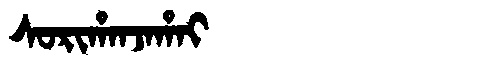
Manchu: ᠰᠣᡵᡳᡥᠠᠨᠵᠠᡥᠠᡳ
Romanization: SORIHANJAHAI